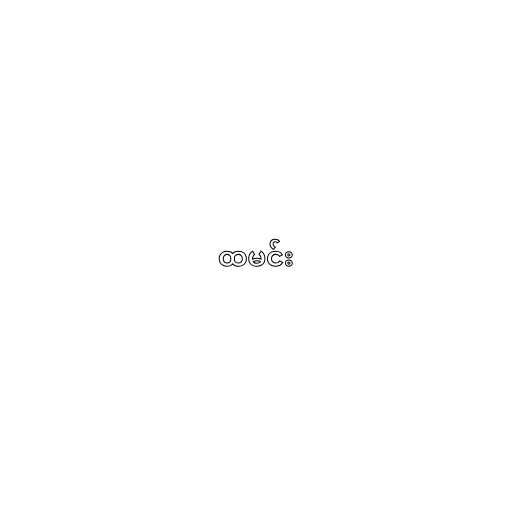
ထမင်း